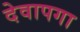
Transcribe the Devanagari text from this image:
देवापगा